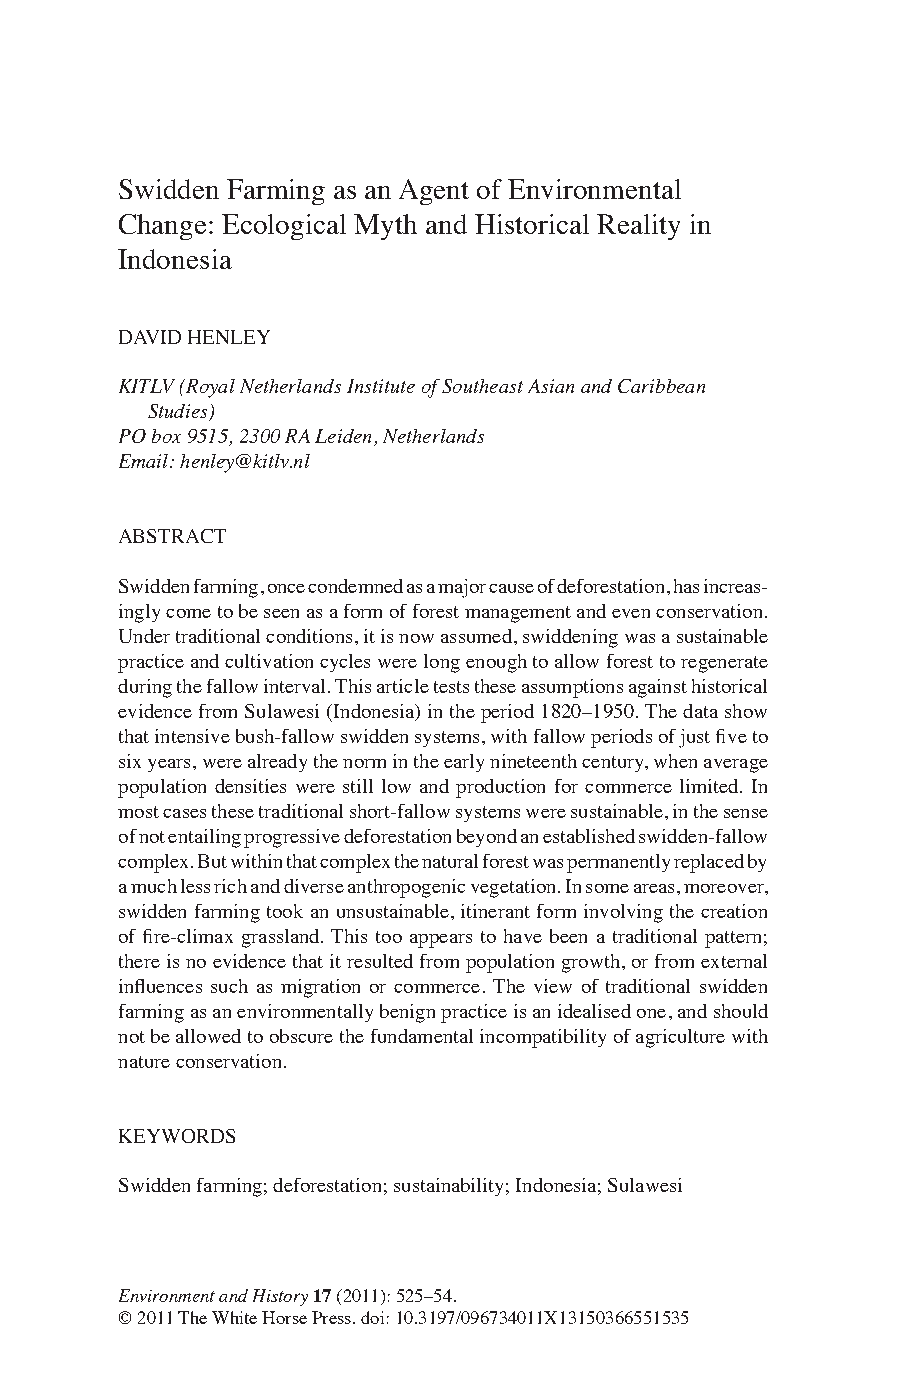
Swidden Farming as an Agent of Environmental
 Change: Ecological Myth and Historical Reality in
 Indonesia
 DAVID HENLEY
 KITLV (Royal Netherlands Institute of Southeast Asian and Caribbean
 Studies)
 PO box 9515, 2300 RA Leiden, Netherlands
 Email: henley@kitlv.nl
 ABSTRACT
 Swidden farming, once condemned as a major cause of deforestation, has increas-
 ingly come to be seen as a form of forest management and even conservation.
 Under traditional conditions, it is now assumed, swiddening was a sustainable
 practice and cultivation cycles were long enough to allow forest to regenerate
 during the fallow interval. This article tests these assumptions against historical
 evidence from Sulawesi (Indonesia) in the period 1820–1950. The data show
 that intensive bush-fallow swidden systems, with fallow periods of just five to
 six years, were already the norm in the early nineteenth century, when average
 population densities were still low and production for commerce limited. In
 most cases these traditional short-fallow systems were sustainable, in the sense
 of not entailing progressive deforestation beyond an established swidden-fallow
 complex. But within that complex the natural forest was permanently replaced by
 a much less rich and diverse anthropogenic vegetation. In some areas, moreover,
 swidden farming took an unsustainable, itinerant form involving the creation
 of fire-climax grassland. This too appears to have been a traditional pattern;
 there is no evidence that it resulted from population growth, or from external
 influences such as migration or commerce. The view of traditional swidden
 farming as an environmentally benign practice is an idealised one, and should
 not be allowed to obscure the fundamental incompatibility of agriculture with
 nature conservation.
 KEYWORDS
 Swidden farming; deforestation; sustainability; Indonesia; Sulawesi
 Environment and History 17 (2011): 525–54.
 © 2011 The White Horse Press. doi: 10.3197/096734011X13150366551535